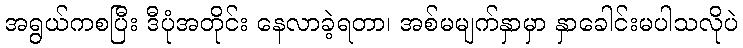
အရွယ်ကစပြီး ဒီပုံအတိုင်း နေလာခဲ့ရတာ၊ အစ်မမျက်နှာမှာ နှာခေါင်းမပါသလိုပဲ